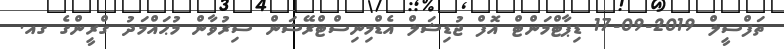
ތަފްސީލް 2019-09-17 ޑިޕާޓްމަންޓް އޮފް ޖުޑިޝަލް އެޑްމިނިސްޓްރޭޝަން ސިރުވާން މުޙައްމަދު ގްރީންގެ ގއ.